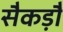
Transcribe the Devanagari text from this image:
सैकड़ौ